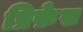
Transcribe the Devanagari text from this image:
प्रिफ़ेस